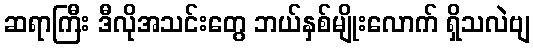
ဆရာကြီး ဒီလိုအသင်းတွေ ဘယ်နှစ်မျိုးလောက် ရှိသလဲဗျ